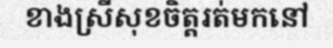
ខាងស្រីសុខចិត្តរត់មកនៅ